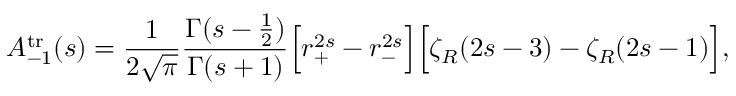
A _ { - 1 } ^ { \mathrm { t r } } ( s ) = { \frac { 1 } { 2 \sqrt { \pi } } } { \frac { \Gamma ( s - { \frac { 1 } { 2 } } ) } { \Gamma ( s + 1 ) } } \Bigr [ r _ { + } ^ { 2 s } - r _ { - } ^ { 2 s } \Bigr ] \Bigr [ \zeta _ { R } ( 2 s - 3 ) - \zeta _ { R } ( 2 s - 1 ) \Bigr ] ,